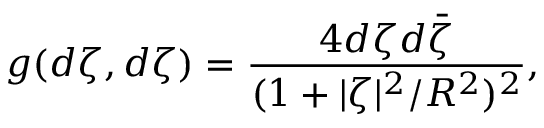
g ( d \zeta , d \zeta ) = \frac { 4 d \zeta d \bar { \zeta } } { ( 1 + | \zeta | ^ { 2 } / R ^ { 2 } ) ^ { 2 } } ,